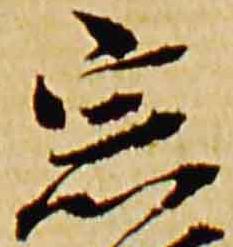
宗